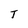
Character: T